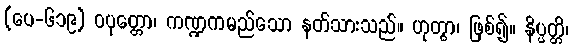
(ပေ-၆၁၉) ဝပုတ္တော၊ ကဏ္ဍကမည်သော နတ်သားသည်။ ဟုတွာ၊ ဖြစ်၍။ နိပ္ပတ္တိ၊